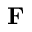
\mathbf { F }